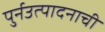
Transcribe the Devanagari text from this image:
पुर्नउत्पादनाची